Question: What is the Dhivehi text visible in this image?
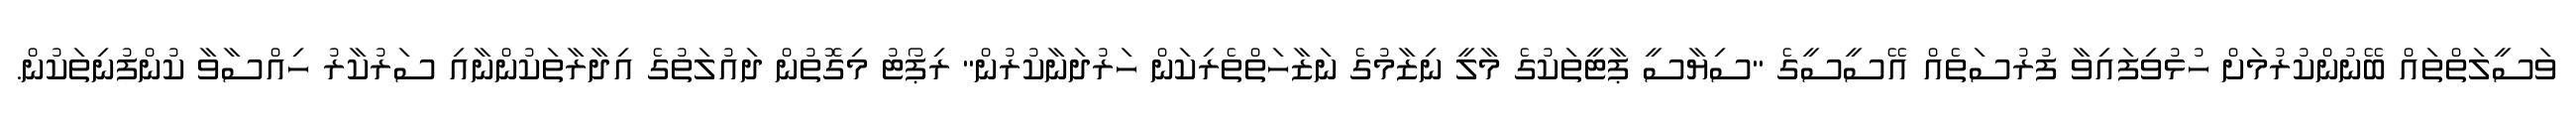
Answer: ވަސީލަތްތައް ބޭނުންކުރުމަށް ހުޅުވިފައިވާ ފުރުސަތެއް އޭސީސީގެ "ސިޔާސީ ޕާޓީތަކުގެ މާލީ ނިޒާމުގެ ނަޒާހަތްތެރިކަން ހަރުދަނާކުރުން" ރިޕޯޓު މިގޮތުން ދައުލަތުގެ އިދާރާތަކުންނާއި ސަރުކާރު ހިއްސާވާ ކުންފުނިތަކުން.